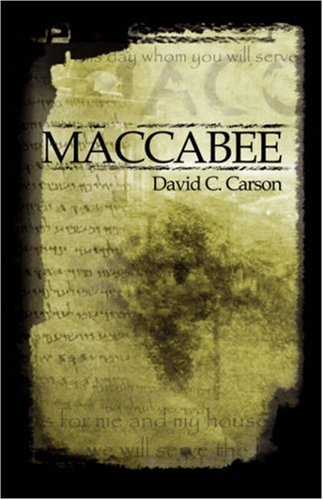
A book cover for Maccabee; David C. Carson; Religion & Spirituality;